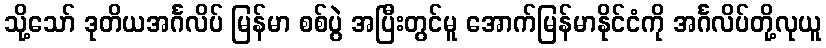
သို့သော် ဒုတိယအင်္ဂလိပ် မြန်မာ စစ်ပွဲ အပြီးတွင်မူ အောက်မြန်မာနိုင်ငံကို အင်္ဂလိပ်တို့လုယူ